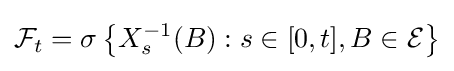
{\mathcal {F}}_{t}=\sigma \left\{X_{s}^{-1}(B):s\in [0,t],B\in {\mathcal {E}}\right\}